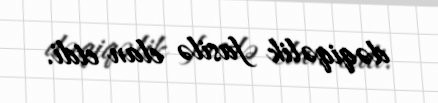
dəqiqəlik fasilə elan etdi.